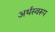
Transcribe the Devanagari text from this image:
अर्थस्वरूप